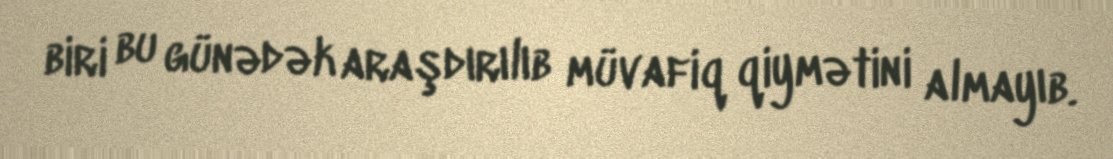
biri bu günədək araşdırılıb müvafiq qiymətini almayıb.